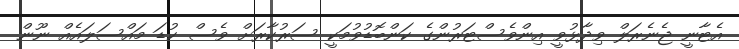
އެޓާނީ ޖެނެރަލް ވިދާޅުވީ އިންވެސްޓަރުންގެ ކަންބޮޑުވުމަކީ ސަރުކާރަށް ވެސް ކުޑަ މައްސަލައެއް ނޫން